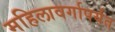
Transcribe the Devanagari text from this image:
महिलावर्गापर्यंत